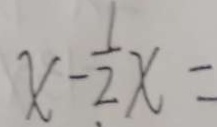
x - \frac { 1 } { 2 } x =